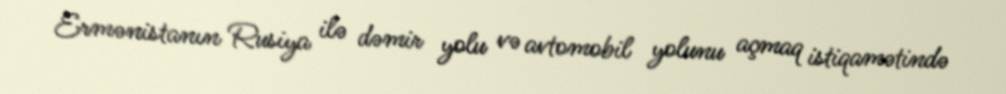
Ermənistanın Rusiya ilə dəmir yolu və avtomobil yolunu açmaq istiqamətində